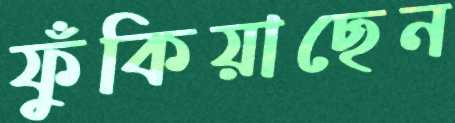
ফুঁকিয়াছেন